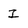
Character: I